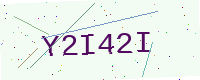
Text: Y2I42I